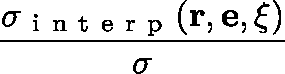
\frac { \sigma _ { \mathrm { ~ i ~ n ~ t ~ e ~ r ~ p ~ } } ( \mathbf { r } , \mathbf { e } , \mathbf { \xi } ) } { \sigma }